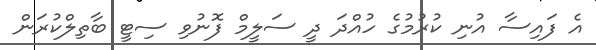
އެ ފައިސާ އުނި ކުރުމުގެ ހުއްދަ ދީ ސަލީމް ފޮނުވި ސިޓީ ބާތިލްކުރަން